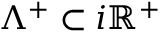
\Lambda ^ { + } \subset i \mathbb { R } ^ { + }